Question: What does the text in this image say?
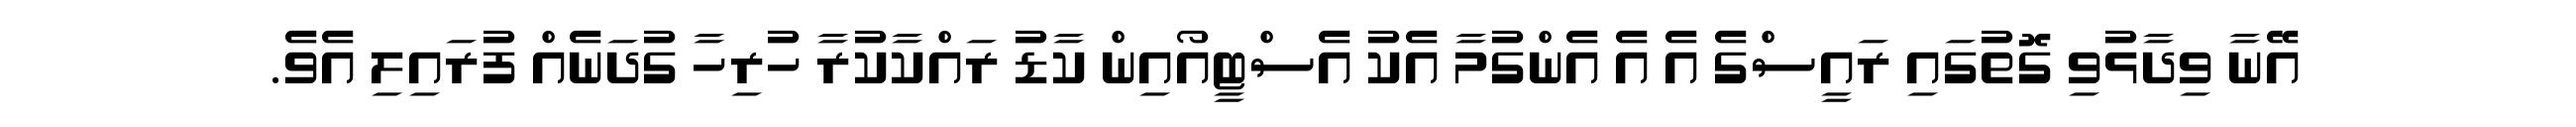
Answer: އޭނާ ވިދާޅުވި ގޮތުގައި ރައީސްގެ އެ އެ އެންގުމާ އެކު އެސްޓީއޯއިން ކާޑު ރައްކާކުރާ ހުރިހާ ގުދަނެއް ފުރައިލި އެވެ.